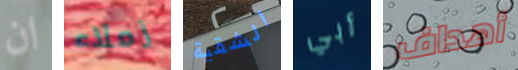
ان زملاء الشقية أبي أهداف